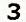
3